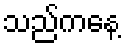
သည်ကနေ့